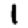
Digit: 1